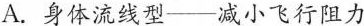
A.身体流线型——减小飞行阻力